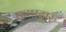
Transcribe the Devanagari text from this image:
काष्ठदारु